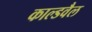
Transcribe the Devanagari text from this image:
काल्डवैल